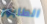
الطابور